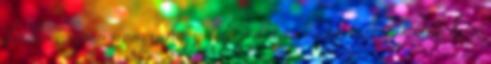
kérdés csupán annyi, hogy teljesen üres és tartalomnélküli lesz,